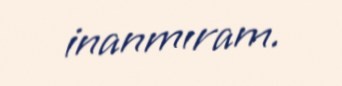
inanmıram.